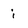
Character: i